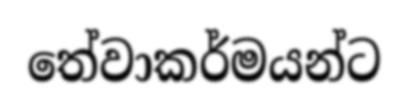
තේවාකර්මයන්ට